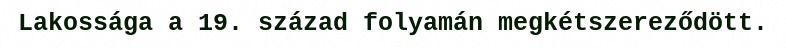
Lakossága a 19. század folyamán megkétszereződött.